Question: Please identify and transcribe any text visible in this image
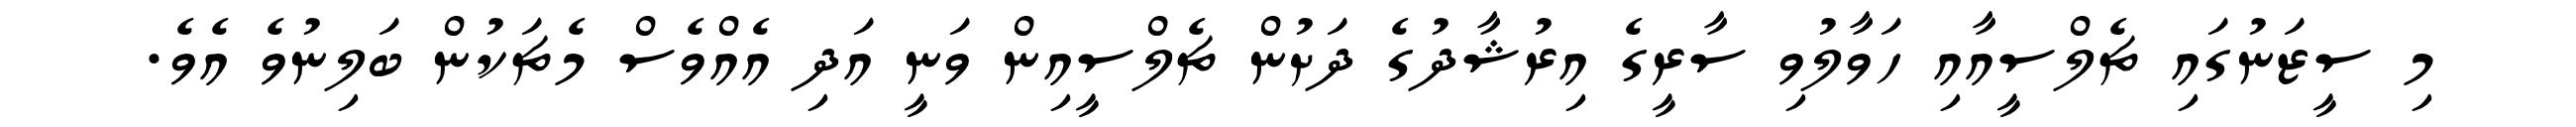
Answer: މި ސީޒަނުގައި ޗެލްސީއާއި ހަވާލުވި ސާރީގެ އިރުޝާދުގެ ދަށުން ޗެލްސީއިން ވަނީ އަދި އެއްވެސް މެޗަކުން ބަލިނުވެ އެވެ.